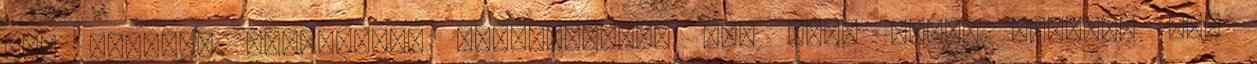
nem sikerül mindegyik, mindenesetre két igen Jónás Zsuzsa, aki